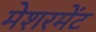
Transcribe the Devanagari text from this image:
मेशरमेंट